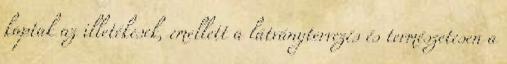
kaptak az illetékesek, emellett a látványtervezés és természetesen a